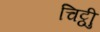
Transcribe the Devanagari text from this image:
चिट्ठीु